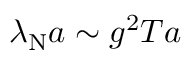
\lambda _ { \mathrm { N } } a \sim g ^ { 2 } T a